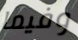
وفيما